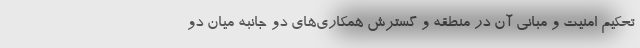
تحکیم امنیت و مبانی آن در منطقه و گسترش همکاری‌های دو جانبه میان دو